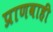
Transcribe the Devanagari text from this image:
प्राणवाही